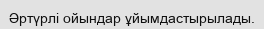
Әртүрлі ойындар ұйымдастырылады.